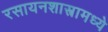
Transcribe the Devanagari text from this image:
रसायनशास्त्रामध्ये